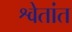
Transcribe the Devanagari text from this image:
श्वेतांत